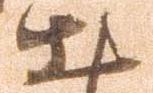
出